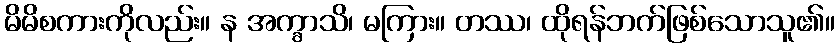
မိမိစကားကိုလည်း။ န အက္ခာသိ၊ မကြား။ တဿ၊ ထိုရန်ဘက်ဖြစ်သောသူ၏။